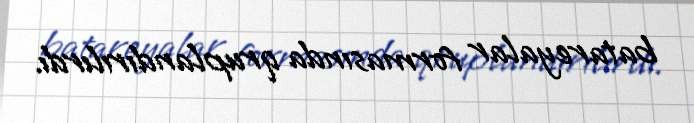
batareyalar formasında qruplandırılırdı.